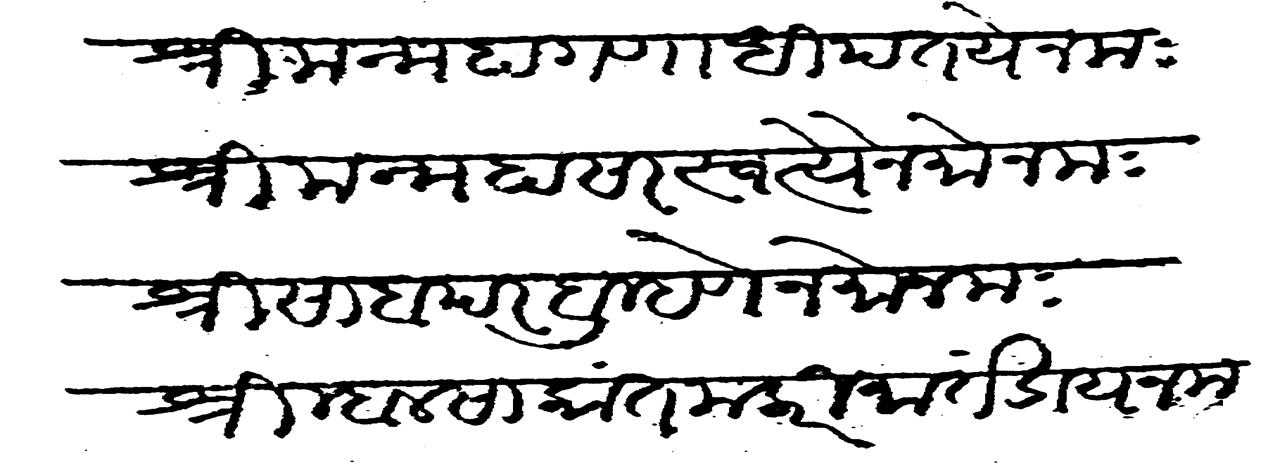
Transliteration (Devanagari): श्री मन्महागणाधिपतये नम श्री मनमहासरस्वत्यैनमोनम श्री सांब परब्रह्मणेनमोनम श्री म्हाळसाकान्त मलारी मार्तण्डाय नम